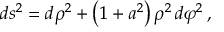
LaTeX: d s ^ { 2 } = d \rho ^ { 2 } + \left( 1 + a ^ { 2 } \right) \rho ^ { 2 } \, d \varphi ^ { 2 } \, ,